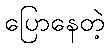
ပြောနေတဲ့